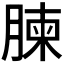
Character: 𮌥